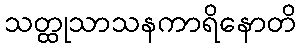
သတ္ထုသာသနကာရိနောတိ